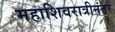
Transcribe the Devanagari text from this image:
महाशिवरात्रीनंतर